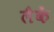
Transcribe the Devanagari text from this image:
लैकें